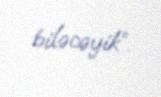
biləcəyik”.